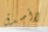
لاأصدق